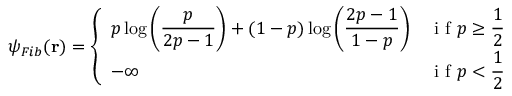
\begin{array} { r } { \psi _ { F i b } ( \mathbf { r } ) = \left\{ \begin{array} { l r } { p \log \displaystyle \left( \frac { p } { 2 p - 1 } \right) + ( 1 - p ) \log \displaystyle \left( \frac { 2 p - 1 } { 1 - p } \right) } & { \textnormal { i f } p \geq \displaystyle \frac { 1 } { 2 } } \\ { - \infty } & { \textnormal { i f } p < \displaystyle \frac { 1 } { 2 } } \end{array} \right. } \end{array}